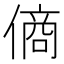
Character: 𬿞